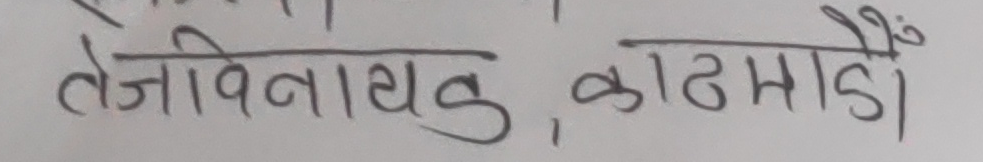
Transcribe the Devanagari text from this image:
तेजविनायक, काठमाडौँ